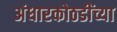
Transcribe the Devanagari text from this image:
अंधारकोठडींच्या